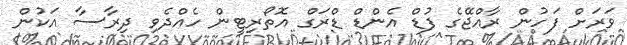
ވަރަށް ފަހުން ރާއްޖޭގެ ފުޑް އެންޑް ޑްރަގް އޮތޯރިޓީން ހެއްދެވި ދިރާސާ އަކުން